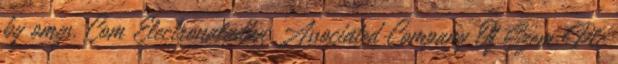
by omgs. Com Electronaladka Associated Company Of Szem Plc